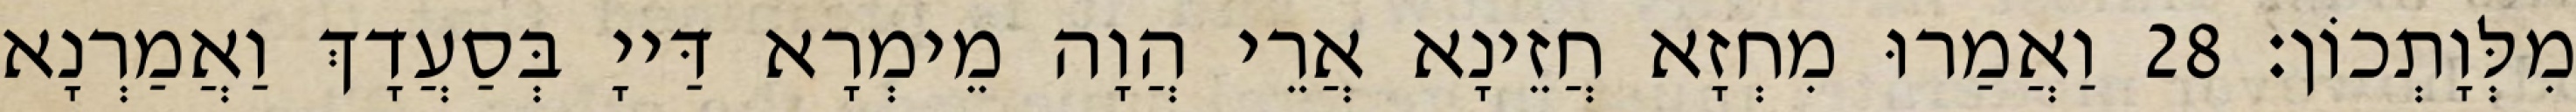
מִלְּוָתְכוֹן׃ 28 וַאֲמַרוּ מִחְזָא חֲזֵינָא אֲרֵי הֲוָה מֵימְרָא דַּייָ בְּסַעֲדָךְ וַאֲמַרְנָא